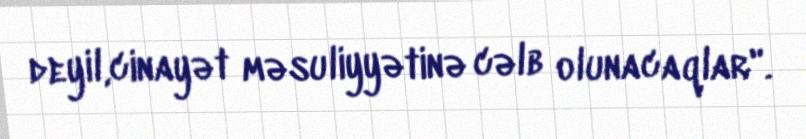
deyil,cinayət məsuliyyətinə cəlb olunacaqlar".